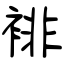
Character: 裶